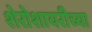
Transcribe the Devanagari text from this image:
शेरोशायरीच्या